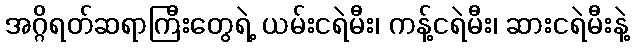
အဂ္ဂိရတ်ဆရာကြီးတွေရဲ့ ယမ်းငရဲမီး၊ ကန့်ငရဲမီး၊ ဆားငရဲမီးနဲ့